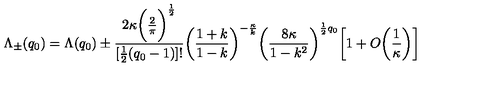
\Lambda _ { \pm } ( q _ { 0 } ) = \Lambda ( q _ { 0 } ) \pm \frac { 2 \kappa \bigg ( \frac { 2 } { \pi } \bigg ) ^ { \frac { 1 } { 2 } } } { [ \frac { 1 } { 2 } ( q _ { 0 } - 1 ) ] ! } \bigg ( \frac { 1 + k } { 1 - k } \bigg ) ^ { - \frac { \kappa } { k } } \bigg ( \frac { 8 \kappa } { 1 - k ^ { 2 } } \bigg ) ^ { \frac { 1 } { 2 } q _ { 0 } } \bigg [ 1 + O \bigg ( \frac { 1 } { \kappa } \bigg ) \bigg ]